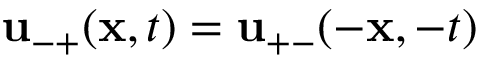
{ \mathbf { u } } _ { - + } ( { \mathbf { x } } , t ) = { \mathbf { u } } _ { + - } ( - { \mathbf { x } } , - t )